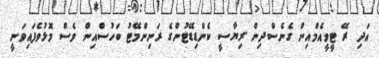
އަދި ރޭ ޓީވީއެމްއިން ގެނެސްދިން ރިޔާސީ ކެންޑިޑޭޓުންގެ ރަނިންމޭޓު ބަހުސްއިން ވެސް މޮޅުވެފައިވަނީ